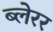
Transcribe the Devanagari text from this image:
ब्लेरर